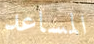
المساعد